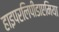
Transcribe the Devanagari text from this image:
हाइपरलिपीडाएमिया